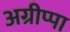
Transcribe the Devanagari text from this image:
अग्रीप्पा